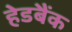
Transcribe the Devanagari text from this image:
हेडबैंक